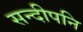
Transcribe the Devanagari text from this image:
सन्दीपनि